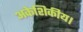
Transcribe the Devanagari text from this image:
अकेशिकीय।